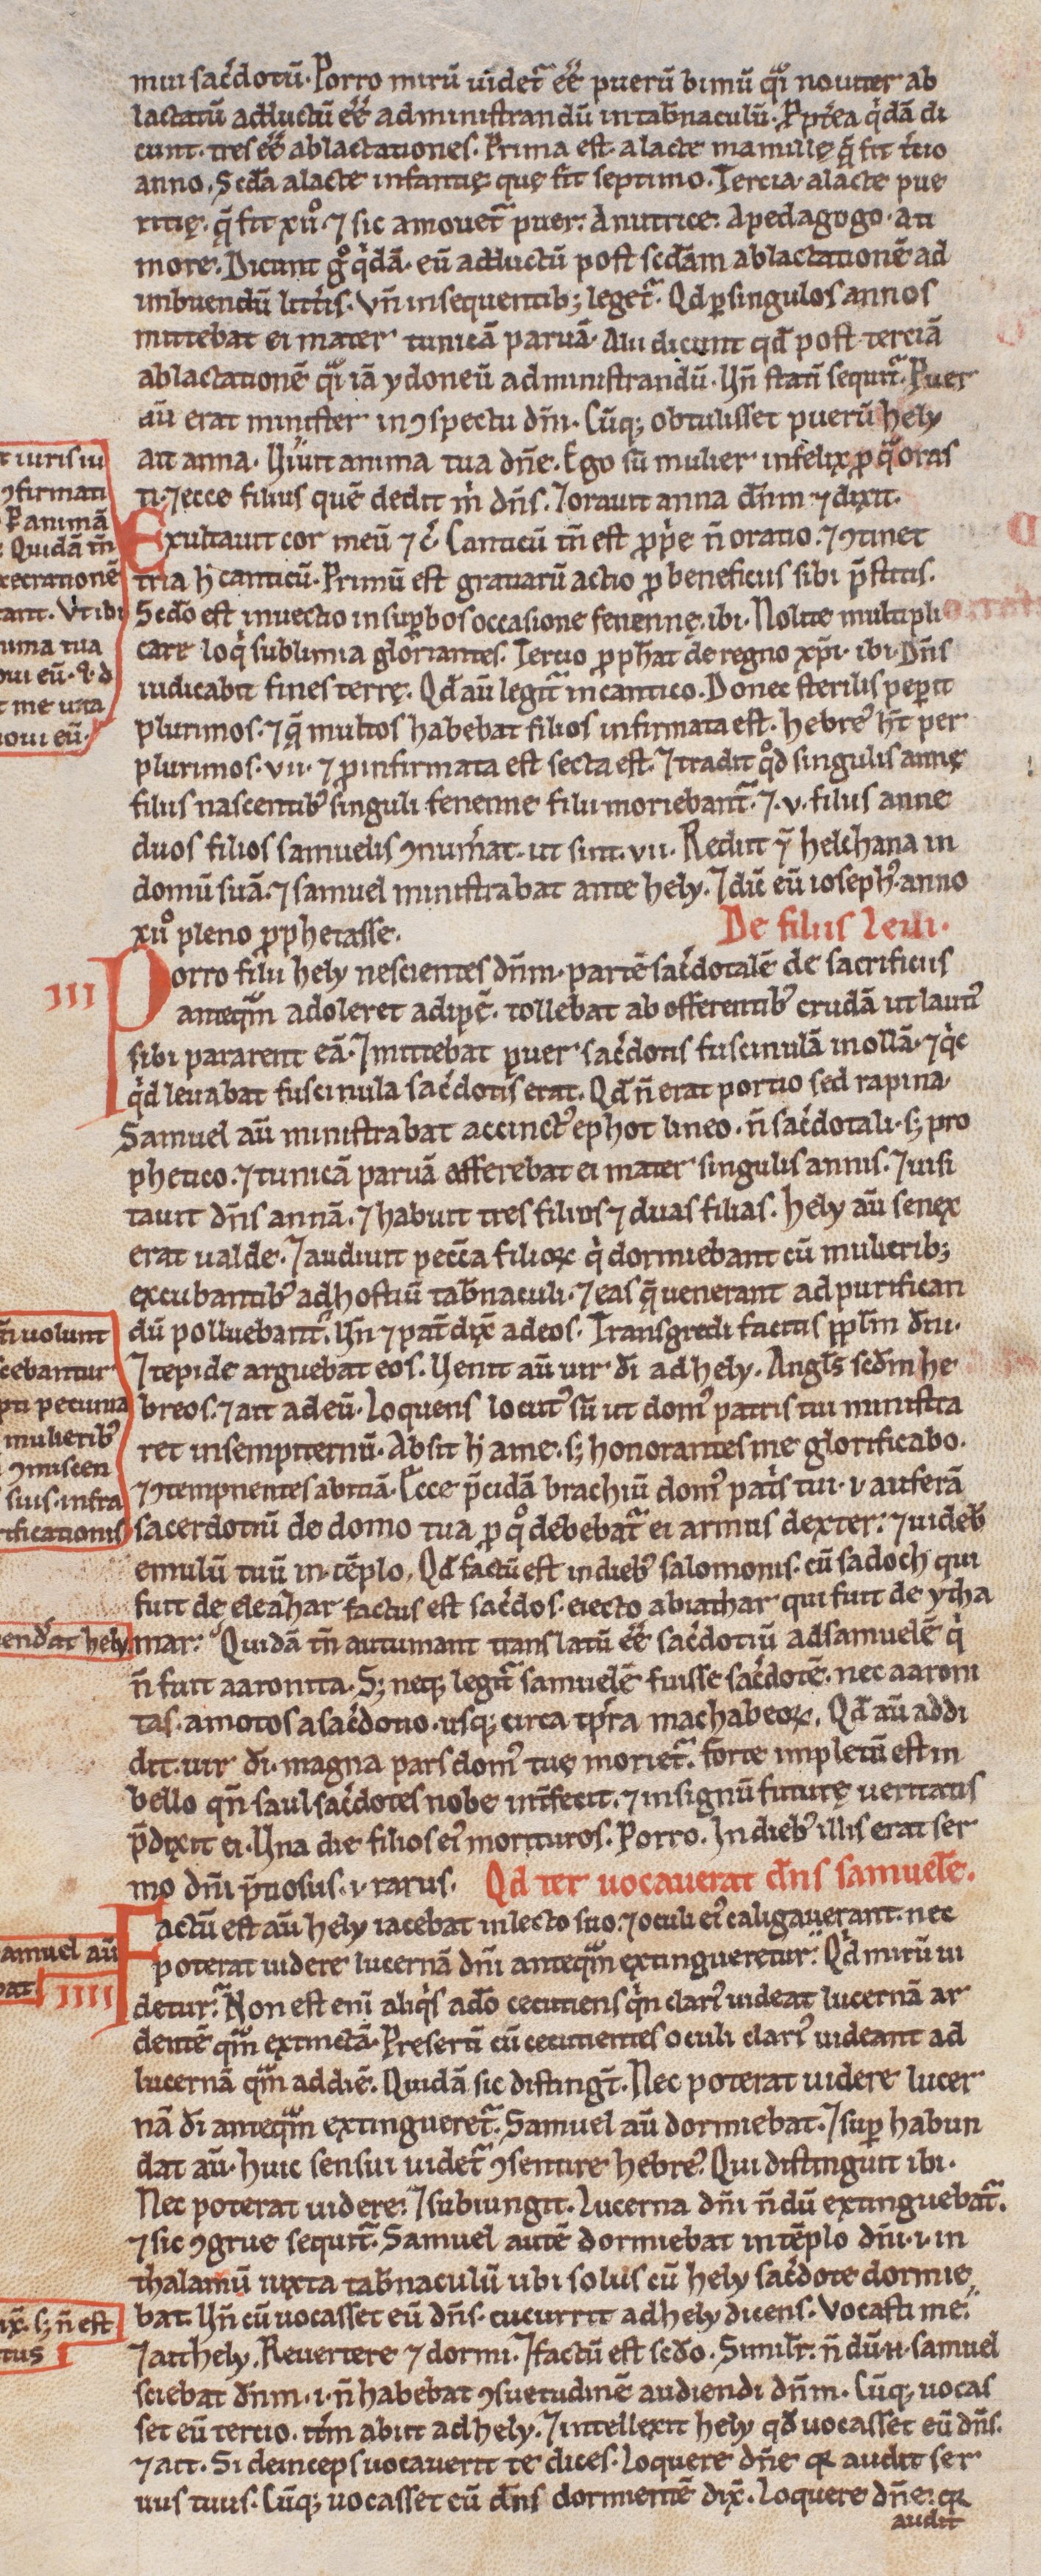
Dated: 1200–1299